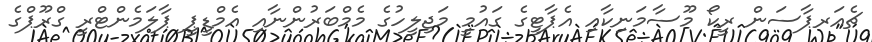
ޗެއަރޕާސަން ރީކޯ މޫސާމަނިކާއި އެޕާޓީގެ ގައުމީ މަޖިލީހުގެ މެމްބަރުންނާއި އެމްޑީޕީ ޕާލަމެންޓްރީ ގްރޫޕްގެ